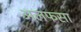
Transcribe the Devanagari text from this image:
अलफसा